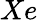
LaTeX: Xe